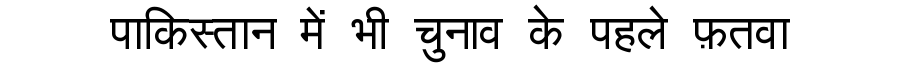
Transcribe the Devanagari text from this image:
पाकिस्तान में भी चुनाव के पहले फ़तवा